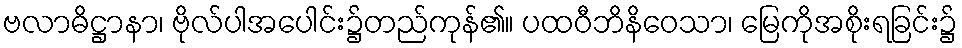
ဗလာဓိဋ္ဌာနာ၊ ဗိုလ်ပါအပေါင်း၌တည်ကုန်၏။ ပထဝီဘိနိဝေသာ၊ မြေကိုအစိုးရခြင်း၌